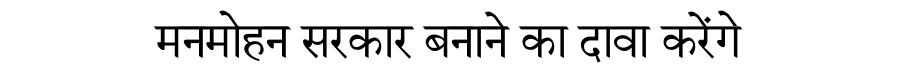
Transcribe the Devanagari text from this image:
मनमोहन सरकार बनाने का दावा करेंगे